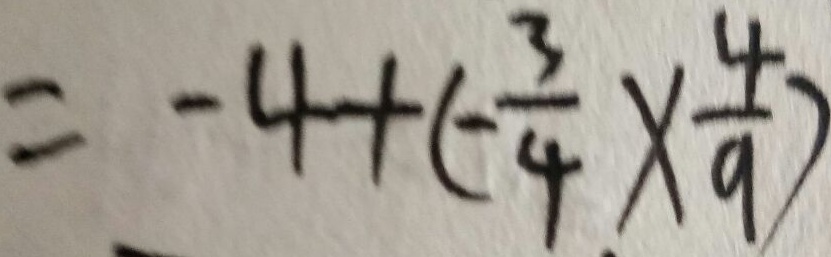
= - 4 + ( - \frac { 3 } { 4 } ) \times \frac { 4 } { 9 } )